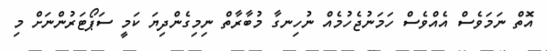
އޮތް ނަމަވެސް އެއްވެސް ހަމަނުޖެހުމެއް ނުހިނގާ މުބާރާތް ނިމިގެންދިޔަ ކަމީ ސަޕޯޓަރުންނަށް މި